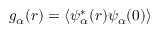
g _ { \alpha } ( r ) = \langle \psi _ { \alpha } ^ { * } ( r ) \psi _ { \alpha } ( 0 ) \rangle